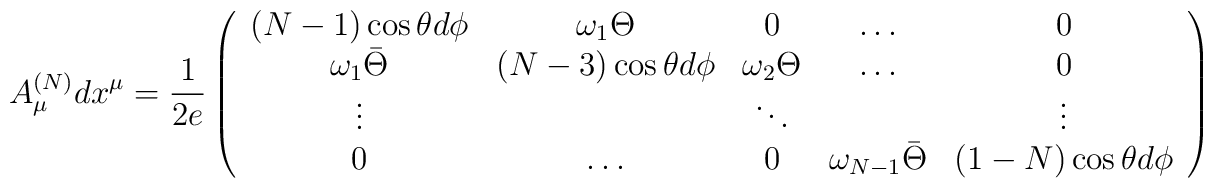
A_{\mu}^{(N)}  dx^\mu   =  \frac{1}{2e} \left( \begin{array}{ccccc}(N-1)\cos\theta d\phi & \omega_1 \Theta & 0 & \ldots & 0 \\\omega_1 \bar \Theta & (N-3)\cos\theta d\phi & \omega_2 \Theta & \ldots & 0 \\\vdots & & \ddots & & \vdots \\0 & \ldots & 0 & \omega_{N-1} \bar \Theta & (1-N)\cos\theta d\phi\end{array} \right)